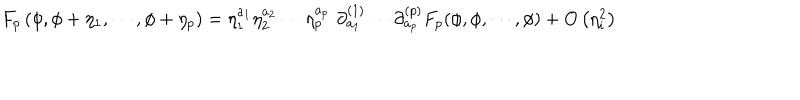
LaTeX: F _ { p } \left( \phi , \phi + \eta _ { 1 } , \cdots , \phi + \eta _ { p } \right) = \eta _ { 1 } ^ { a _ { 1 } } \eta _ { 2 } ^ { a _ { 2 } } \cdots \eta _ { p } ^ { a _ { p } } \, \, \partial _ { a _ { 1 } } ^ { ( 1 ) } \cdots \partial _ { a _ { p } } ^ { ( p ) } F _ { p } ( \phi , \phi , \cdots , \phi ) + O \left( \eta _ { i } ^ { 2 } \right)